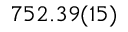
7 5 2 . 3 9 ( 1 5 )